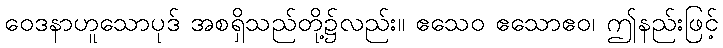
ဝေဒနာဟူသောပုဒ် အစရှိသည်တို့၌လည်း။ ဧသေဝ ဧသောဧဝ၊ ဤနည်းဖြင့်